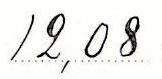
12,08